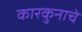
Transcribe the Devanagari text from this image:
कारकुनाचे